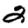
Digit: 2